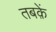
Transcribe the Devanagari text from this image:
तबक़ें